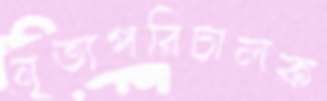
নৃত্যপরিচালক